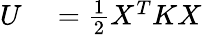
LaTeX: \begin{array}{rl}{U}&{{}=\frac{1}{2}X^{T}KX}\end{array}